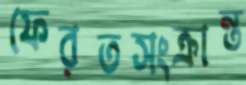
ফেরতসংক্রান্ত